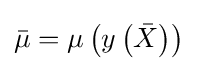
{\bar {\mathbf {\mu } }}=\mu \left(y\left({\bar {X}}\right)\right)